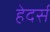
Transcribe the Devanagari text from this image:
हेदर्स